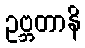
ဥဗ္ဘတာနိ